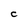
Character: C